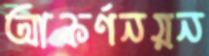
আকর্ণনয়ন